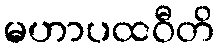
မဟာပထဝီတိ